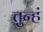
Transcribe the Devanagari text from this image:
तुन्हं